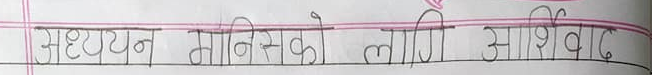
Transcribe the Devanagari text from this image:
अध्ययन मानिसको लागि आशिर्वाद